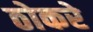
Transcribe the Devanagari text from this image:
ठोकरे